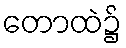
တောထဲ၌